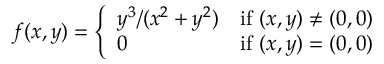
f ( x , y ) = { \left\{ \begin{array} { l l } { y ^ { 3 } / ( x ^ { 2 } + y ^ { 2 } ) } & { { \mathrm { i f ~ } } ( x , y ) \neq ( 0 , 0 ) } \\ { 0 } & { { \mathrm { i f ~ } } ( x , y ) = ( 0 , 0 ) } \end{array} \right. }